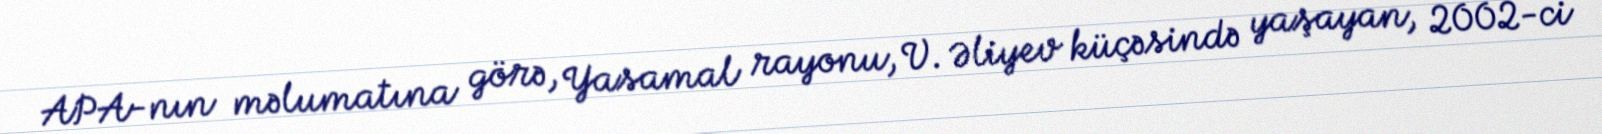
APA-nın məlumatına görə, Yasamal rayonu, V. Əliyev küçəsində yaşayan, 2002-ci